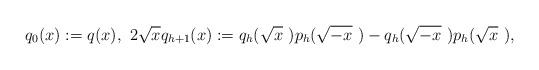
LaTeX: \begin{align*}q_0(x):=q(x),~2\sqrt x q_{h+1}(x):=q_h(\sqrt x~)p_h(\sqrt {-x}~)-q_h(\sqrt {-x}~)p_h(\sqrt x~), \end{align*}